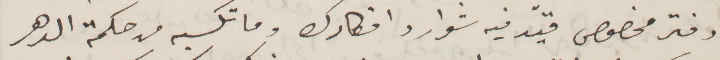
دفتر مخصوص قيّد فيه شوارد افكارك وما تكسبه من حكمة الدهر